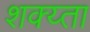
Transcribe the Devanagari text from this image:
शक्य्ता